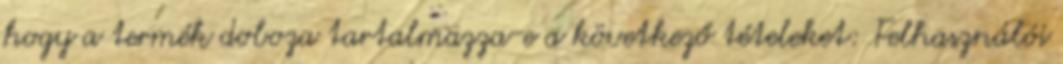
hogy a termék doboza tartalmazza-e a következő tételeket: Felhasználói